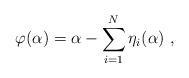
LaTeX: \begin{align*}\varphi(\alpha)=\alpha-\sum_{i=1}^N\eta_i(\alpha)\ ,\end{align*}